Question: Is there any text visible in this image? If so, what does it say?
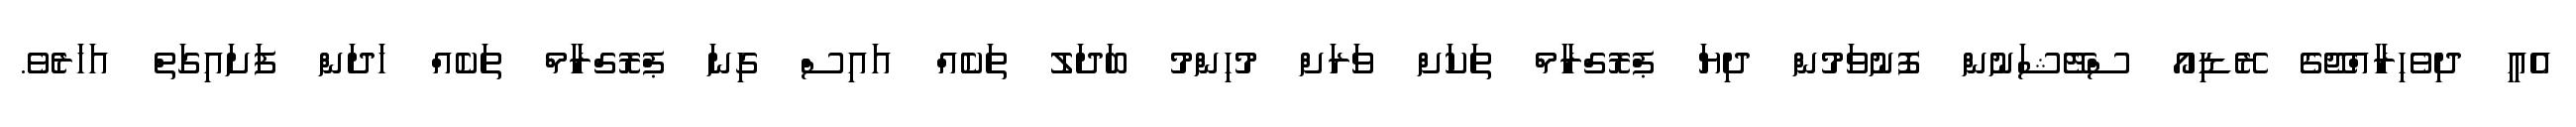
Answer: އެއީ ދިވެހިރާއްޖޭގެ ރޭޑިއޯ ސްޓޭޝަނުން ފޮނުވަމުން ދިޔަ ޕްރޮގްރާމް ތަކަށް ވަރަށް މުހިންމު ބަދަލު ތަކެއް އައިސް ގިނަ ޕްރޮގްރާމް ތަކެއް ހަދަން ފަށައިގަތް އަހަރެވެ.